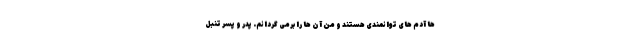
ها آدم های توانمندی هستند و من آن ها را برمی گردانم. پدر و پسر تنبل